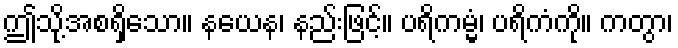
ဤသို့အစရှိသော။ နယေန၊ နည်းဖြင့်။ ပရိကမ္မံ၊ ပရိကံကို။ ကတွာ၊